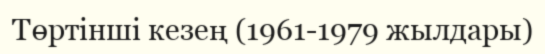
Төртінші кезең (1961-1979 жылдары)